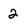
Character: 2